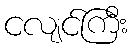
ငလျင်ကြီး